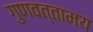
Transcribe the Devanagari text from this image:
गुणवत्तामय